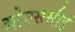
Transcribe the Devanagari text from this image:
ओएससीई